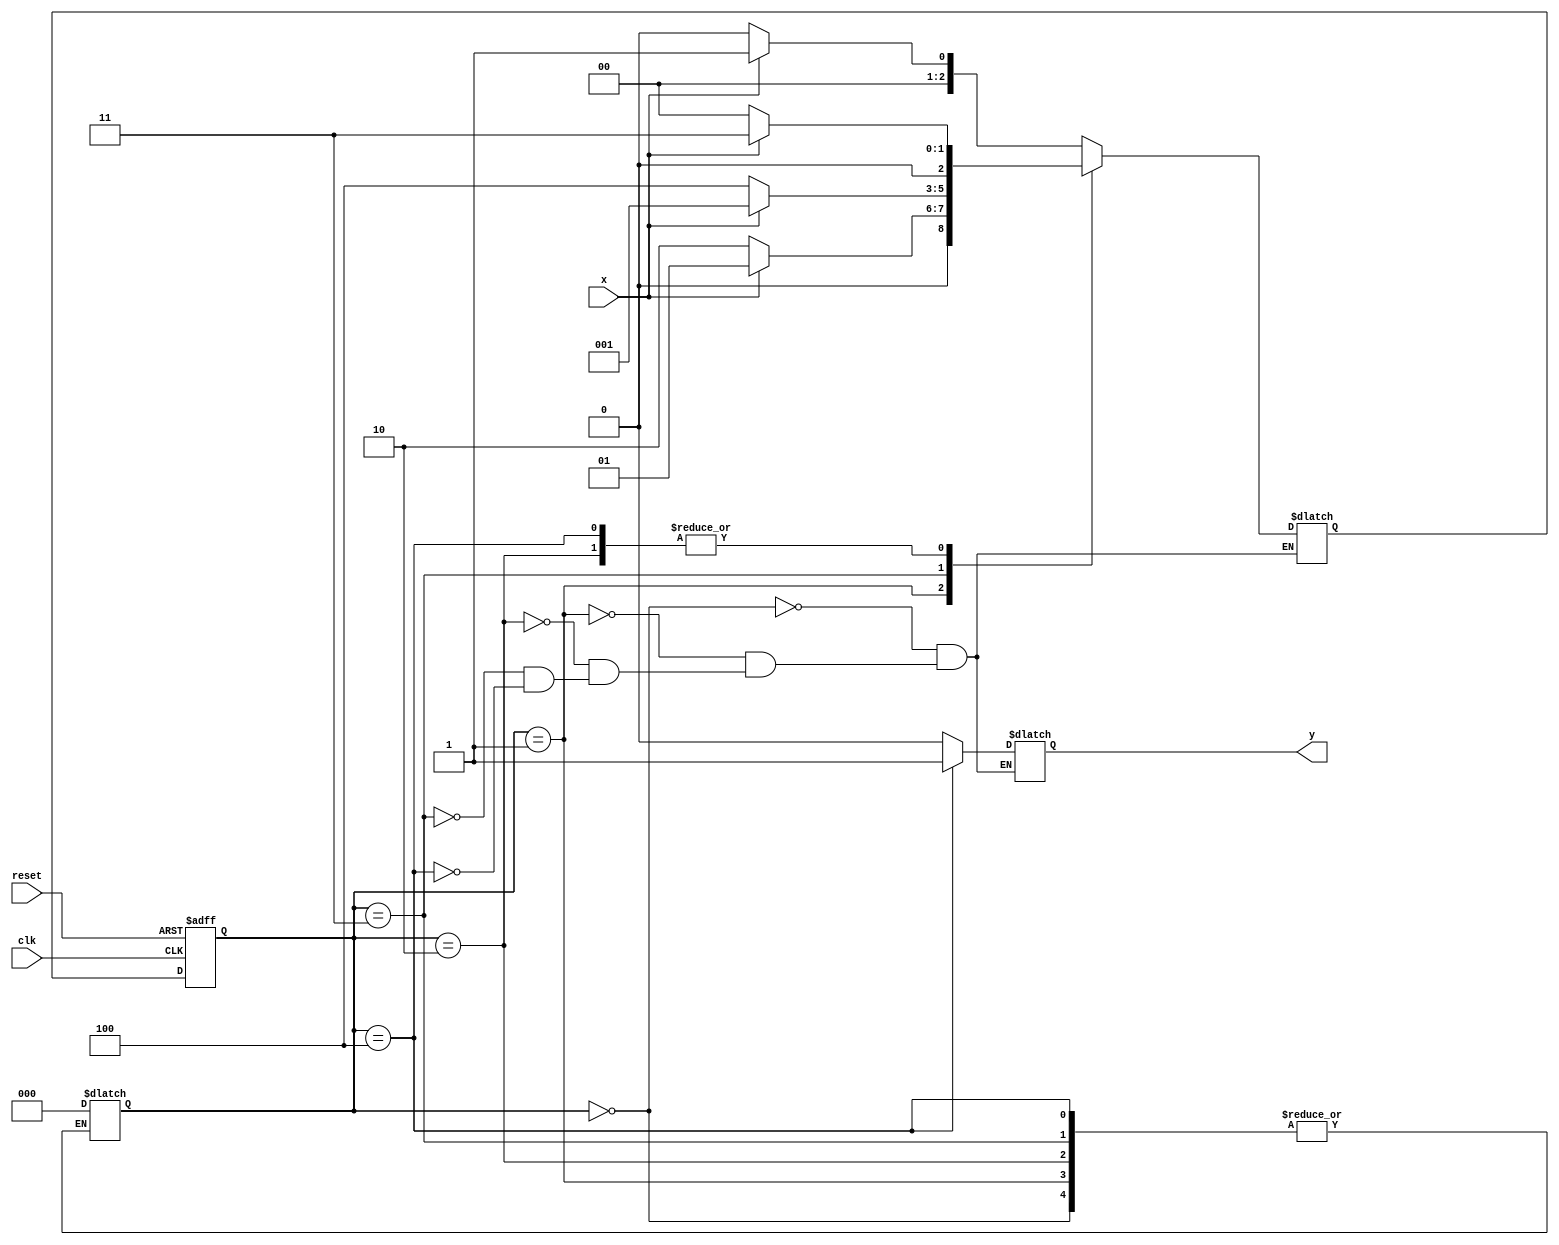
/*
 * Simulate a Morey machine which will check for 1010 input string.
 * Simulated By: Satyam Kumar. <satyamkumar4@acm.org>
 * REpo :- verilog  [MIT LICENSE]
*/


module Moore(x, clk, reset, y);
 	input x, clk, reset;
	output reg y;
	parameter A = 0, B = 1, C = 2, D = 3, E = 4;
	reg [2:0] ps, ns;
	always@(posedge clk, posedge reset)
		begin
			if(reset)
				ps <= A;
			else
			ps <= ns;
		end
	always@(ps, x)
		begin
			case(ps)
				A: ns = x ? B : A;
				B: ns = x ? B : C;
				C: ns = x ? D : A;
				D: ns = x ? B : E;
				E: ns = x ? D : A;
			default: ps = A;
		endcase
	end
	always@(ps)
		begin
		case(ps)
			A: y = 0;
			B: y = 0;
			C: y = 0;
			D: y = 0;
			E: y = 1;
		endcase
	end
endmodule

module TB;
	reg x, clk, reset;
	wire y;
	Moore dut(x, clk, reset, y);
	initial 
		begin
			$dumpfile("Moor.vcd"); 
			$dumpvars(0,TB);
	end
	
	always #5 clk = ~clk;

	initial begin
		#10 clk = 1'b0; 
		    reset = 1'b1;
		#12 reset=1'b0;
		#8 x=1; 
		#10 x=0;
		#10 x=1; 
		#10 x=0;
		#10 x=0; 
		#10 x=0; 
		#10 x=1; 
		#10 x=0;
		#10 x=1; 
		#10 x=0; 
		#10 x=1; 
		#10 x=0; 
		#10 x=1; 
		#10 x=0;
		#10 $finish;
	end
endmodule